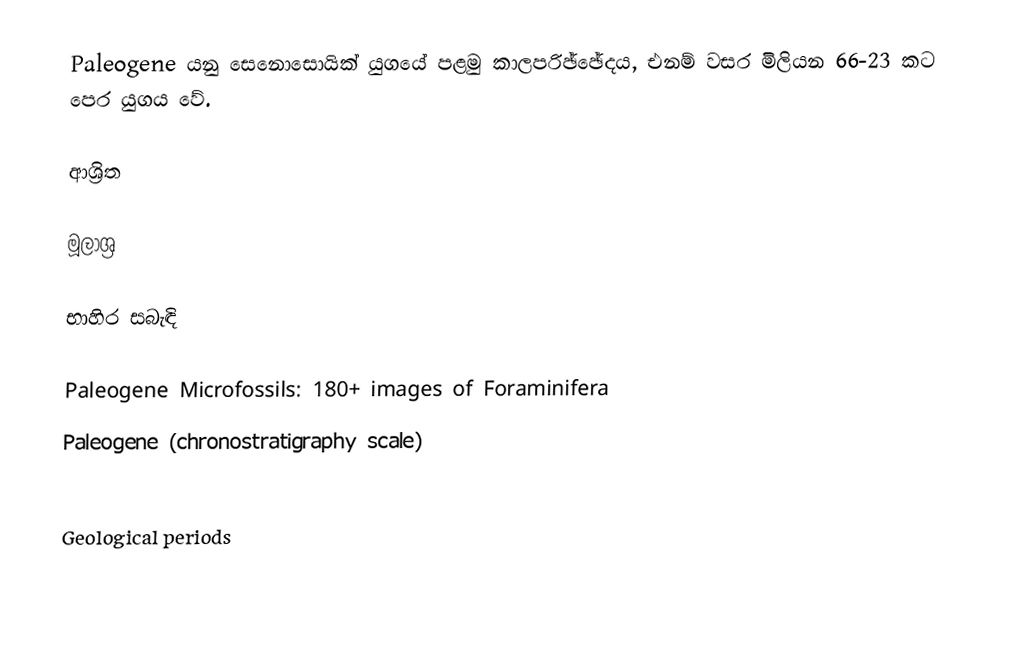
Paleogene යනු සෙනොසොයික් යුගයේ පළමු කාලපරිඡ්ඡේදය, එනම් වසර මිලියන 66-23 කට පෙර යුගය වේ.

ආශ්‍රිත

මූලාශ්‍ර

භාහිර සබැඳි

Paleogene Microfossils: 180+ images of Foraminifera
Paleogene (chronostratigraphy scale)

Geological periods